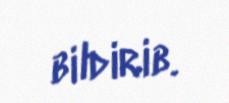
bildirib.